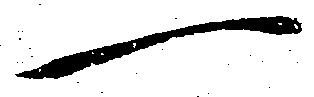
一